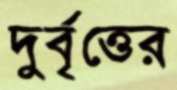
দুর্বৃত্তের